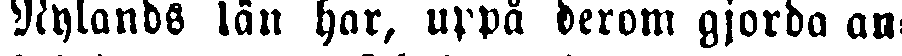
Nylands län har, uppå derom gjorda an-